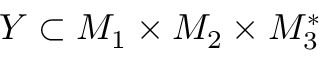
Y \subset { \cal M } _ { 1 } \times { \cal M } _ { 2 } \times { \cal M } _ { 3 } ^ { * }